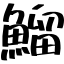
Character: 鰡